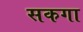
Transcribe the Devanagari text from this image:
सकगा